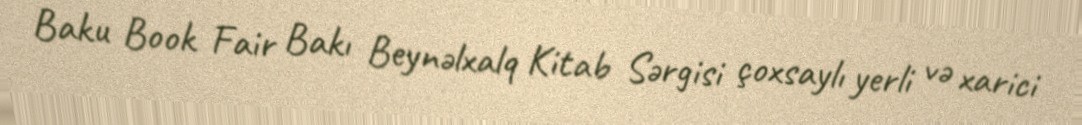
Baku Book Fair Bakı Beynəlxalq Kitab Sərgisi çoxsaylı yerli və xarici